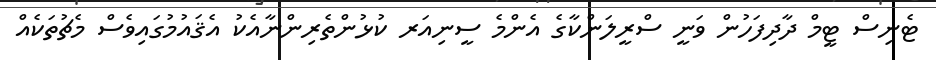
ޓެނިސް ޓީމް ދާދިފަހުން ވަނީ ސްރީލަންކާގެ އެންމެ ސީނިއަރ ކުޅުންތެރިންނާއެކު އެޤައުމުގައިވެސް މެޗުތަކެއް